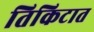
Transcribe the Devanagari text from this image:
तिकिटात